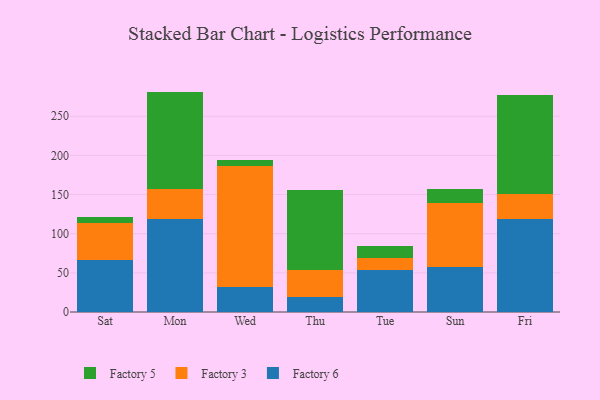
{"axis": {"x": "Day", "y": "Churn Rate (%)"}, "legend": ["Factory 3", "Factory 5", "Factory 6"], "data": [{"x": "Sat", "y": 66.6, "type": "Factory 6"}, {"x": "Sat", "y": 47.3, "type": "Factory 3"}, {"x": "Sat", "y": 8.0, "type": "Factory 5"}, {"x": "Mon", "y": 118.2, "type": "Factory 6"}, {"x": "Mon", "y": 38.7, "type": "Factory 3"}, {"x": "Mon", "y": 124.6, "type": "Factory 5"}, {"x": "Wed", "y": 31.3, "type": "Factory 6"}, {"x": "Wed", "y": 154.8, "type": "Factory 3"}, {"x": "Wed", "y": 8.5, "type": "Factory 5"}, {"x": "Thu", "y": 18.8, "type": "Factory 6"}, {"x": "Thu", "y": 34.9, "type": "Factory 3"}, {"x": "Thu", "y": 101.7, "type": "Factory 5"}, {"x": "Tue", "y": 53.8, "type": "Factory 6"}, {"x": "Tue", "y": 15.5, "type": "Factory 3"}, {"x": "Tue", "y": 15.4, "type": "Factory 5"}, {"x": "Sun", "y": 57.5, "type": "Factory 6"}, {"x": "Sun", "y": 81.3, "type": "Factory 3"}, {"x": "Sun", "y": 18.8, "type": "Factory 5"}, {"x": "Fri", "y": 118.9, "type": "Factory 6"}, {"x": "Fri", "y": 31.8, "type": "Factory 3"}, {"x": "Fri", "y": 126.3, "type": "Factory 5"}]}